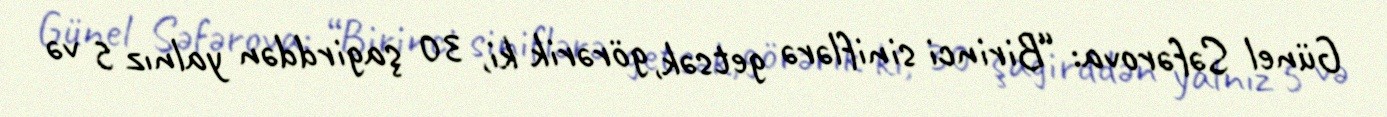
Günel Səfərova: “Birinci siniflərə getsək, görərik ki, 30 şagirddən yalnız 5 və